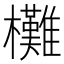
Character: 㰙